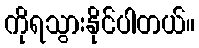
ကိုရသွားနိုင်ပါတယ်။